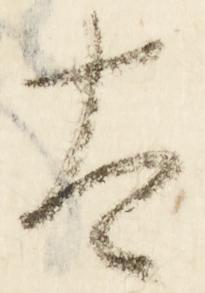
太